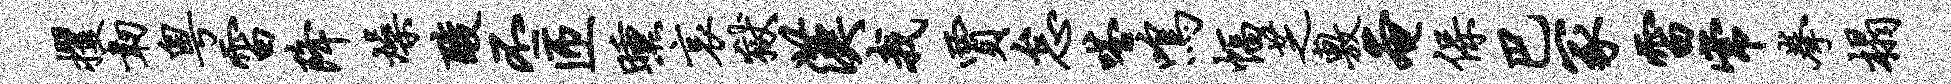
攫韧粤雷降燥酸丕匝曛哀狱汉我贾怠嗒鸣幅芝敷奄保巴冢雷常拳榻